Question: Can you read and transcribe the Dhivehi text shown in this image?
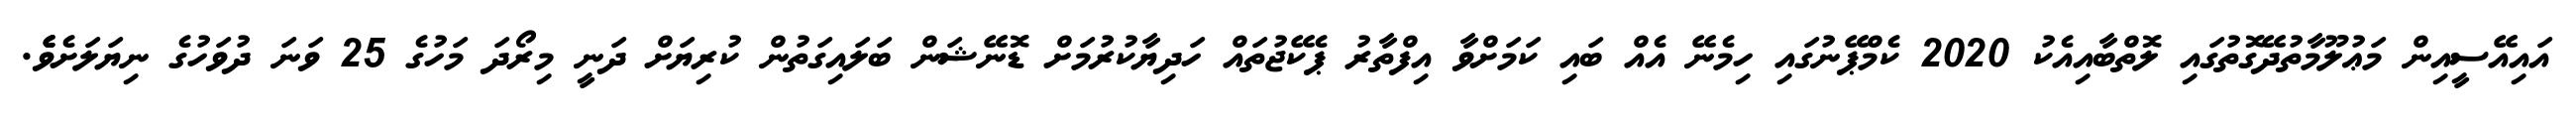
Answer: އައިއޭސީއިން މަޢުލޫމާތުދޭގޮތުގައި ލޮތްބާއިއެކު 2020 ކެމްޕޭނުގައި ހިމެނޭ އެއް ބައި ކަމަށްވާ އިފްތާރު ޕެކޭޖުތައް ހަދިޔާކުރުމަށް ޑޮނޭޝަން ބަލައިގަތުން ކުރިޔަށް ދަނީ މިރޯދަ މަހުގެ 25 ވަނަ ދުވަހުގެ ނިޔަލަށެވެެެ.